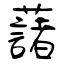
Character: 藷